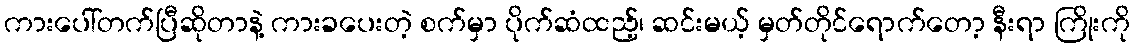
ကားပေါ်တက်ပြီဆိုတာနဲ့ ကားခပေးတဲ့ စက်မှာ ပိုက်ဆံထည့်၊ ဆင်းမယ့် မှတ်တိုင်ရောက်တော့ နီးရာ ကြိုးကို